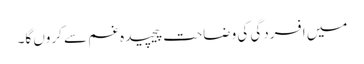
میں افسردگی کی وضاحت پیچیدہ غم سے کروں گا۔